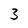
Character: 3